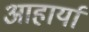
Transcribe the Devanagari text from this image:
आहार्या